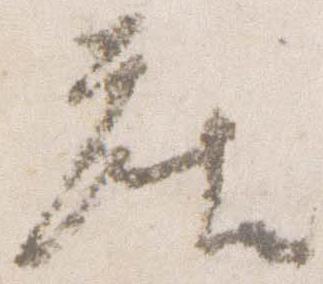
座